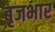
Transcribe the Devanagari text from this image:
बृजभार